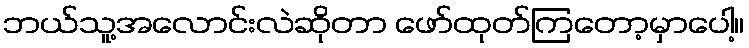
ဘယ်သူ့အလောင်းလဲဆိုတာ ဖော်ထုတ်ကြတော့မှာပေါ့။